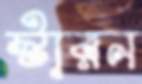
স্টারন